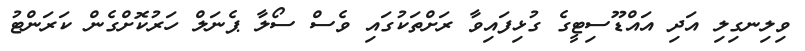
ވިލިނގިލި އަދި އައްޑޫސިޓީގެ ގުޅިފައިވާ ރަށްތަކުގައި ވެސް ސޯލާ ޕެނަލް ހަރުކޮށްގެން ކަރަންޓު